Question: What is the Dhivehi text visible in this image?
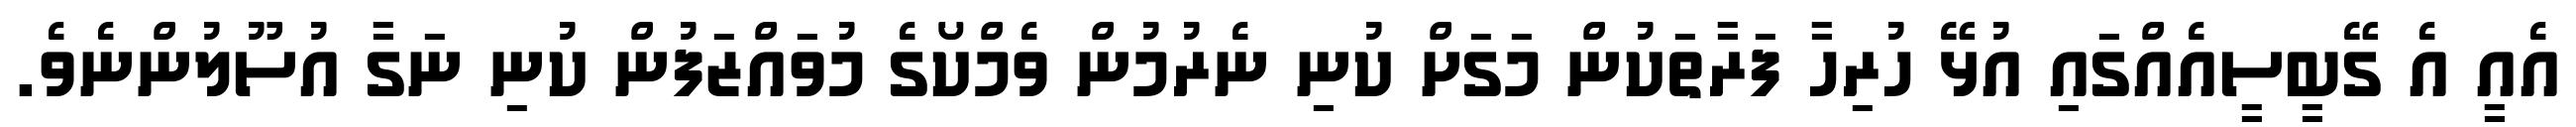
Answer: އެއީ އެ ގޭބީސީއެއްގައި އުޅޭ ހުރިހާ ފަރާތަކުން މަގަށް ކުނި ނެރުމުން ވެމްކޯގެ މުވައްޒަފުން ކުނި ނަގާ އުސޫލުންނެވެ.